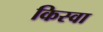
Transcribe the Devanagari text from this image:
किस्वा